Vital statistics of India. Vol. IV, Annual returns from 1871 to 1876. British Army of India, Native Army and jails of Bengal
Year: 1871
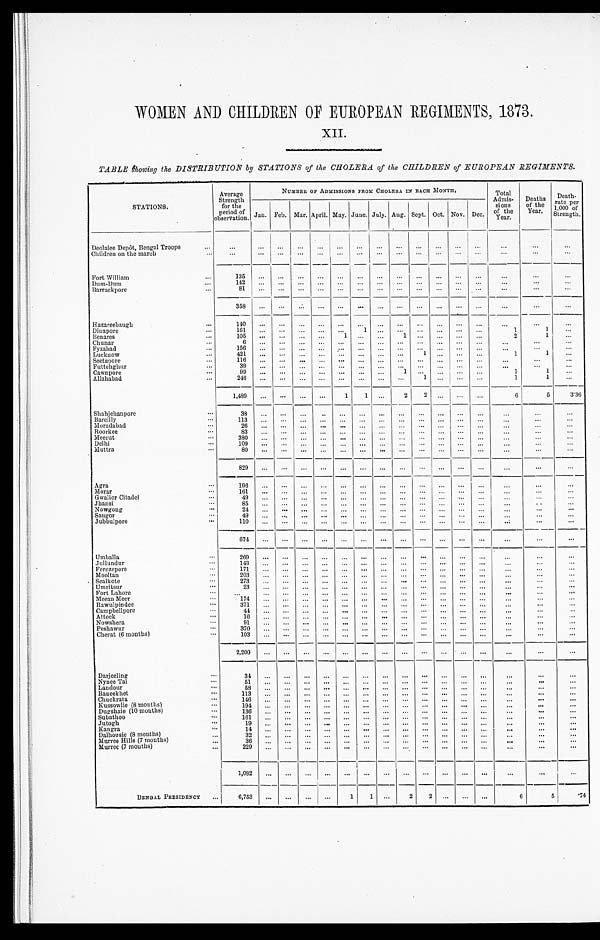
WOMEN AND CHILDREN OF EUROPEAN REGIMENTS, 1873.
XII.
TABLE showing the DISTRIBUTION by STATIONS of the CHOLERA of the CHILDREN of EUROPEAN REGIMENTS.
STATIONS.
Average
Strength
for the
period of onservation.
NUMBER OF ADMISSIONS FROM CHOLERA IN EACH MONTH.
Total
Admis-
sions
of the
Year.
Deaths
of the
Year.
Death-
rate per
1,000 of
Strength.
Jan. Feb. Mar. April. May. June. July. Aug. Sept. Oct. Nov. Dec.
Deolalee Depôt, Bengal Troops . . .
. . .
. . .
. . .
. . .
. . .
. . .
. . .
. . .
. . .
. . .
. . .
. . .
. . .
. . .
. . .
. . .
Children on the march . . .
. . .
. . .
. . .
. . .
. . .
. . .
. . .
. . .
. . .
. . .
. . .
. . .
. . .
. . .
. . .
. . .
Fort William . . .
1 3 5
. . .
. . .
. . .
. . .
. . .
. . .
. . .
. . .
. . .
. . .
. . .
. . .
. . .
. . .
. . .
Dum-Dum . . .
1 4 2
. . .
. . .
. . .
. . .
. . .
. . .
. . .
. . .
. . .
. . .
. . .
. . .
. . .
. . .
. . .
Barrackpore . . .
8 1
. . .
. . .
. . .
. . .
. . .
. . .
. . .
. . .
. . .
. . .
. . .
. . .
. . .
. . .
. . .
3 5 8
. . .
. . .
. . .
. . .
. . .
. . .
. . .
. . .
. . .
. . .
. . .
. . .
. . .
. . .
. . .
Hazareebaugh . . .
1 4 0
. . .
. . .
. . .
. . .
. . .
. . .
. . .
. . .
. . .
. . .
. . .
. . .
. . .
. . .
. . .
Dinapore . . .
161
. . .
. . .
. . .
. . .
. . .
1
. . .
. . .
. . .
. . .
. . .
. . .
1
1
. . .
Benares . . .
105
. . .
. . .
. . .
. . .
1
. . .
. . .
1
. . .
. . .
. . .
. . .
2
1
. . .
Chunar . . .
6
. . .
. . .
. . .
. . .
. . .
. . .
. . .
. . .
. . .
. . .
. . .
. . .
. . .
. . .
. . .
Fyzabad . . .
156
. . .
. . .
. . .
. . .
. . .
. . .
. . .
. . .
. . .
. . .
. . .
. . .
. . .
. . .
. . .
Lucknow . . .
4 2 1
. . .
. . .
. . .
. . .
. . .
. . .
. . .
. . .
1
. . .
. . .
. . .
1
1
. . .
Sectapore . . .
116
. . .
. . .
. . .
. . .
. . .
. . .
. . .
. . .
. . .
. . .
. . .
. . .
. . .
. . .
. . .
Futtehghur . . .
3 9
. . .
. . .
. . .
. . .
. . .
. . .
. . .
. . .
. . .
. . .
. . .
. . .
. . .
. . .
. . .
Cawnpore . . .
9 9
. . .
. . .
. . .
. . .
. . .
. . .
. . .
1
. . .
. . .
. . .
. . .
1
1
. . .
Allahabad . . .
2 4 6
. . .
. . .
. . .
. . .
. . .
. . .
. . .
. . .
1
. . .
. . .
. . .
1
1
. . .
1,489
. . .
. . .
. . .
. . .
1
1
. . .
2
2
. . .
. . .
. . .
6
5
336
Shah j ehan po re . . .
3 8
. . .. . .
. . .
. . .
. . .
. . .
. . .
. . .
. . .
. . .
. . .
. . .
. . .
. . .
B a r e i l l y . . .
1 1 3
. . .. . .
. . .. . .
. . .
. . .
. . .
. . .
. . .
. . .
. . .
. . .
. . .
. . .
. . .
Moradabad . . .
26
. . .
. . .
. . .
. . .
. . .
. . .
. . .
. . .
. . .
. . .
. . .
. . .
. . .
. . .
. . .
R o o r k e e . . .
8 3
. . .
. . .
. . . . . .
. . .
. . .
. . .
. . .
. . .
. . .
. . .
. . .
. . .
. . .
. . .
Meer ut . . .
3 8 0
. . .
. . .
. . . . . .
. . .
. . .
. . .
. . .
. . .
. . .
. . .
. . .
. . .
. . .
. . .
Delhi . . .
1 0 9
. . .
. . .
. . . . . .
. . .
. . .
. . .
. . .
. . .
. . .
. . .
. . .
. . .
. . .
. . .
Muttra . . .
8 0
. . .
. . .
. . . . . .
. . .
. . .
. . .
. . .
. . .
. . .
. . .
. . .
. . .
. . .
. . .
8 2 9
. . .
. . .
. . . . . .
. . .
. . .
. . .
. . .
. . .
. . .
. . .
. . .
. . .
. . .
. . .
Agra . . .
1 9 6
. . .
. . .
. . . . . .
. . .
. . .
. . .
. . .
. . .
. . .
. . .
. . .
. . .
. . .
. . .
Morar. . .
1 6 1
. . .
. . .
. . . . . .
. . .
. . .
. . .
. . .
. . .
. . .
. . .
. . .
. . .
. . .
. . .
Gwalior Citadel . . .
49
. . .
. . .
. . .
. . .
. . .
. . .
. . .
. . .
. . .
. . .
. . .
. . .
. . .
. . .
. . .
Jhansi . . .
8 5
. . .
. . .
. . . . . .
. . .
. . .
. . .
. . .
. . .
. . .
. . . . . .
. . .
. . .
. . .
Nowgong . . .
2 4
. . .
. . .
. . . . . .
. . .
. . .
. . .
. . .
. . .
. . .
. . . . . .
. . .
. . .
. . .
Saugor . . .
4 9
. . .
. . .
. . . . . .
. . .
. . .
. . .
. . .
. . .
. . .
. . . . . .
. . .
. . .
. . .
Jubbulpore . . .
1 1 0
. . .
. . .
. . .. . .
. . .
. . .
. . .
. . .
. . .
. . .
. . . . . .
. . .
. . .
. . .
6 7 4
. . .. . .
. . .. . .
. . .
. . . . . .
. . .
. . .
. . .
. . . . . .
. . .
. . .
. . .
Umballa . . .
2 6 9
. . .. . .
. . .
. . .
. . .. . .
. . .
. . .
. . .
. . .. . .
. . .
. . .
. . .
. . .
J ullundur . . .
1 4 3
. . .. . .
. . .
. . .
. . .. . .
. . .
. . .
. . .
. . .. . .
. . .
. . .
. . .
. . .
Ferozepore . . .
1 7 1
. . .. . .
. . .
. . .
. . .. . .
. . .
. . .
. . .
. . .. . .
. . .
. . .
. . .
. . .
Mooltan . . .
2 0 3
. . .. . .
. . .
. . .
. . .. . .
. . .
. . .
. . .
. . .. . .
. . .
. . .
. . .
. . .
Sealkote . . .
2 7 3
. . .. . .
. . .
. . .
. . .. . .
. . .
. . .
. . .
. . .. . .
. . .
. . .
. . .
. . .
Umritsur . . .
2 3
. . .. . .
. . .
. . .
. . .. . .
. . .
. . .
. . .
. . .. . .
. . .
. . .
. . .
. . .
Fort Lahore . . .
. . .
. . .. . .
. . .
. . .
. . .. . .
. . .
. . .
. . .
. . .. . .
. . .
. . .
. . .
. . .
Meean Meer . . .
1 7 4
. . .. . .
. . .
. . .
. . .. . .
. . .
. . .
. . .
. . .. . .
. . . . . .
. . .
. . .
Rawulpindee . . .
3 7 1
. . .. . .
. . .
. . .
. . .. . .
. . .
. . .
. . .
. . .. . .
. . .
. . .
. . .
. . .
Campbellpore . . .
4 4
. . .. . .
. . .
. . .
. . .. . .
. . .
. . .
. . .
. . .
. . .
. . .
. . .
. . .
. . .
Attock . . .
16
. . .
. . .
. . .
. . .
. . .
. . .
. . .
. . .
. . .
. . .
. . .
. . .
. . .
. . .
. . .
Nowshera . . .
91
. . .
. . .
. . .
. . .
. . .
. . .
. . .
. . .
. . .
. . .
. . .
. . .
. . .
. . .
. . .
Peshawur
3 7 0
. . .
. . .
. . .
. . .
. . . . . .
. . .
. . .
. . .
. . .
. . .
. . .
. . .
. . .
. . .
C h e r a t ( 6 m o n t h s ) . . .
103
. . .
. . .
. . .
. . .
. . .
. . .
. . .
. . .
. . .
. . .
. . .
. . .
. . .
. . .
. . .
2 , 2 0 0
. . .. . .
. . .
. . .
. . .. . .
. . .
. . .
. . . . . .
. . . . . .
. . .
. . .
. . .
Darjeeling . . .
3 4
. . .
. . .
. . .. . .
. . .. . .
. . .
. . .
. . .
. . .
. . .
. . .
. . .
. . .
. . .
Nynee Tal . . .
5 1
. . .
. . .
. . .. . .
. . .. . .
. . .
. . .
. . .
. . .
. . .
. . .
. . .
. . .
. . .
Landour . . .
5 8
. . .
. . .
. . .. . .
. . .. . .
. . .
. . .
. . .
. . .
. . .
. . .
. . .
. . .
. . .
Raneekhe . . .
1 1 3. . .
. . .
. . .. . .
. . .. . .
. . .
. . .
. . .
. . .
. . .
. . .
. . .
. . .
. . .
Chuckrata . . .
1 4 6. . .
. . .
. . .. . .
. . .. . .
. . .
. . .
. . .
. . .
. . .
. . .
. . .
. . .
. . .
Kussowlie (8 months) . . .
1 9 4. . .
. . .
. . .. . .
. . .. . .
. . .
. . .
. . .
. . .
. . .
. . .
. . .
. . .
. . .
Dugshaie (10 months) . . .
1 3 6. . .
. . .
. . .. . .
. . .. . .
. . .
. . .
. . .
. . .
. . .
. . .
. . .
. . .
. . .
Subathoo . . .
1 6 1. . .
. . .
. . .. . .
. . .. . .
. . .
. . .
. . .
. . .
. . .
. . .
. . .
. . .
. . .
Jutogh . . .
1 9
. . .
. . .
. . .. . .
. . .. . .
. . .
. . .
. . .
. . .
. . .
. . .
. . .
. . .
. . .
Kangra . . .
1 4
. . .
. . .
. . .
. . .
. . .
. . .
. . .
. . .
. . .
. . .
. . .
. . .
. . .
. . .
. . .
Dalhousie (8 months) . . .
3 2
. . .
. . .
. . . . . .
. . .. . .
. . .
. . .
. . .
. . .. . .
. . .
. . .
. . .
. . .
Murree Hills (7 months) . . .
3 6
. . .
. . .
. . . . . .
. . .. . .
. . .
. . .
. . .
. . .. . .
. . .
. . .
. . .
. . .
Murree (7 months) . . .
2 2 9. . .
. . .
. . . . . .
. . .. . .
. . .
. . .
. . .
. . .. . .
. . .
. . .
. . .
. . .
1 , 0 8 2
. . .
. . .
. . .
. . .
. . .. . .
. . .
. . .
. . .
. . .. . .
. . .
. . .
. . .
. . .
BENGAL PRESIDENCY . . .
6,753
. . .
. . .
. . .
. . .
1
1
. . .
2
2
. . .. . .
. . .
6
5
.74